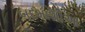
બદમાશીઆ